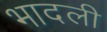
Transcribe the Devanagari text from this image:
भादली